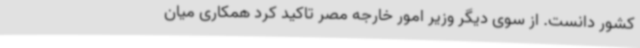
کشور دانست. از سوی دیگر وزیر امور خارجه مصر تاکید کرد همکاری میان